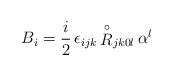
LaTeX: \begin{align*}{B}_i = \frac{i}{2} \, \epsilon_{ijk} \, {\stackrel{\circ}{R}}_{j k 0 l} \, \alpha^l\end{align*}